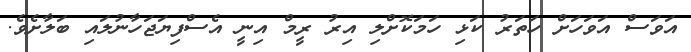
އަވަސް އަވަހަށް ހަތަރު ކަޅި ހަމަކޮށްލި އިރު ރީމް އިނީ އެސްފިޔަޖަހާނުލައި ބަލާށެވެ.